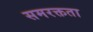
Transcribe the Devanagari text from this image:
समरक्तता